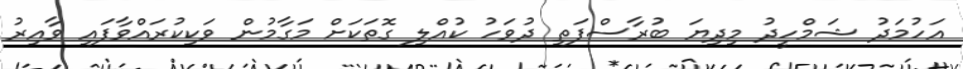
އަހުމަދު ޝަމްހީދު މިދިޔަ ބުރާސްފަތި ދުވަހު ކުއްލި ގޮތަކަށް މަގާމުން ވަކިކުރައްވާފައި ވާއިރު